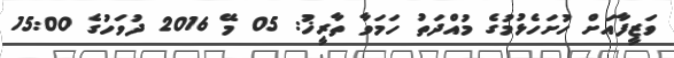
ވަޒީފާއަށް ހުށަހެޅުމުގެ މުއްދަތު ހަމަވާ ތާރީޚު: 05 މޭ 2016 ދުވަހުގެ 15:00